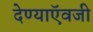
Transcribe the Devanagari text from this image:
देण्याऍवजी